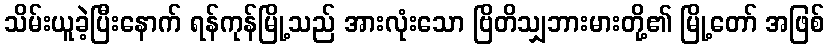
သိမ်းယူခဲ့ပြီးနောက် ရန်ကုန်မြို့သည် အားလုံးသော ဗြိတိသျှဘားမားတို့၏ မြို့တော် အဖြစ်